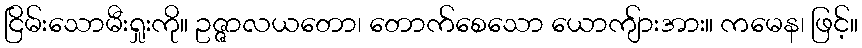
ငြိမ်းသောမီးရှုးကို။ ဥဇ္ဇာလယတော၊ တောက်စေသော ယောကျ်ားအား။ ကမေန၊ ဖြင့်။